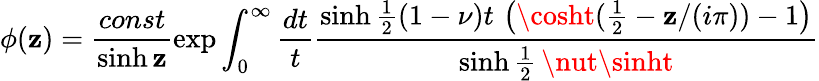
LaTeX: \phi(\mathbf{z})=\frac{{const}}{{\sinh\mathbf{z}}}\exp\int_{0}^{\infty}\frac{{dt}}{{t}}\frac{{\sinh\frac{{1}}{{2}}(1-\nu)t\, \left(\cosht(\frac{{1}}{{2}}-\mathbf{z}/(i\pi))-1\right)}}{{\sinh\frac{{1}}{{2}}\, \nut\sinht}}